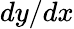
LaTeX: dy/dx